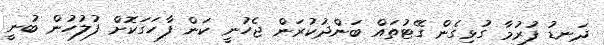
ދަނޑު ފުރުމާ ގުޅިގެން ގޭޓުތައް ބަންދުކުރަން ޖެހުނީ ކަން ފާހަގަކޮށް ފުލުހުން ބުނީ